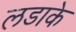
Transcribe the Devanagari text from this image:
लडाके